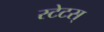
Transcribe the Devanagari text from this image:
स्टेटस्